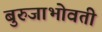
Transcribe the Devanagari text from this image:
बुरुजाभोवती